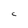
Character: C